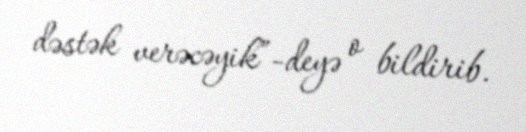
dəstək verəcəyik”-deyə o bildirib.